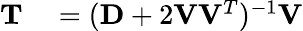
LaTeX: \begin{array}{rl}{\mathbf{T}}&{{}=(\mathbf{D}+2\mathbf{V}\mathbf{V}^{T})^{-1}\mathbf{V}}\end{array}